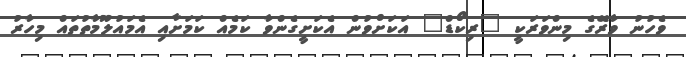
ވެހުނު ވާރޭގެ މިންވަރަކީ "ރިކޯޑް" އަކަށްވުން އެކަށީގެންވާ ކަމެއް ކަމަށާއި އެމައުލޫމާތުތައް މިހާރު